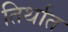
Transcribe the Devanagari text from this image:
तिर्थात